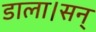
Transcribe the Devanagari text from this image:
डाला।सन्